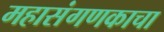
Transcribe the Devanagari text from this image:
महासंगणकाचा